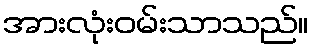
အားလုံးဝမ်းသာသည်။